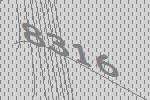
8316